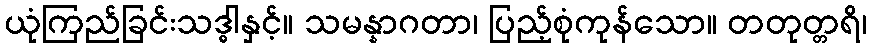
ယုံကြည်ခြင်းသဒ္ဓါနှင့်။ သမန္နာဂတာ၊ ပြည့်စုံကုန်သော။ တတုတ္တရိ၊